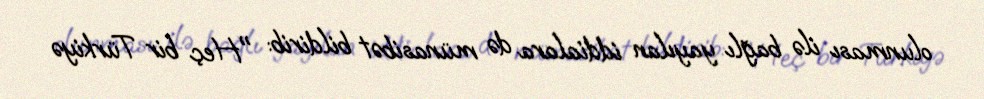
olunması ilə bağlı yayılan iddialara də münasibət bildirib: "Heç bir Türkiyə